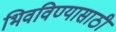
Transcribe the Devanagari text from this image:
भिवविण्यासाठी